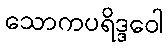
သောကပရိဒ္ဒဝေါ